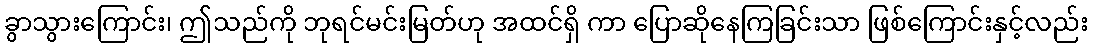
ခွာသွားကြောင်း၊ ဤသည်ကို ဘုရင်မင်းမြတ်ဟု အထင်ရှိ ကာ ပြောဆိုနေကြခြင်းသာ ဖြစ်ကြောင်းနှင့်လည်း